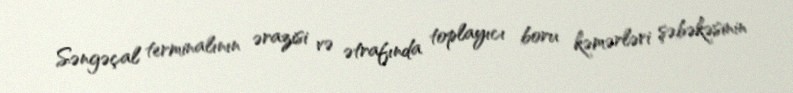
Səngəçal terminalının ərazisi və ətrafında toplayıcı boru kəmərləri şəbəkəsinin